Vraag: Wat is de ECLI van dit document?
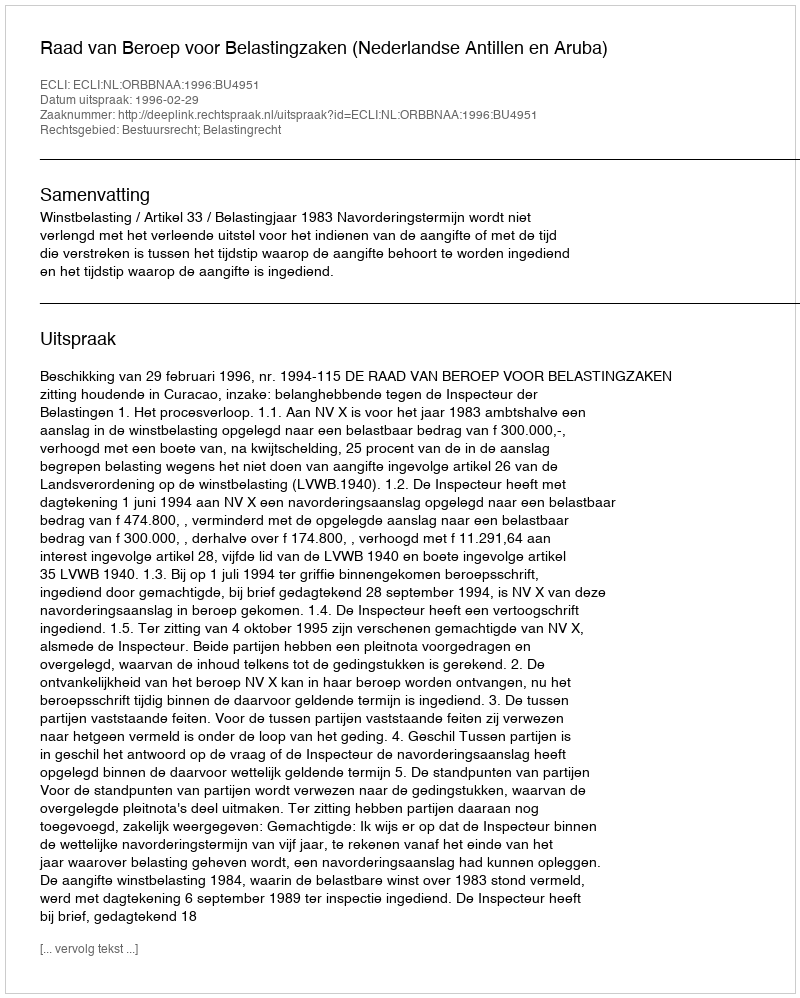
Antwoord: ECLI:NL:ORBBNAA:1996:BU4951